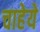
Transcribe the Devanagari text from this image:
चाहेये